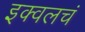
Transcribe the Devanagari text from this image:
इक्वलचं